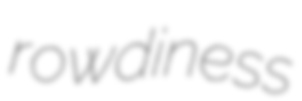
rowdiness